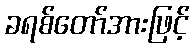
ခရစ်တော်အားဖြင့်